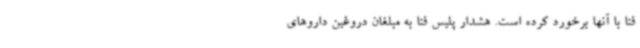
فتا با آنها برخورد کرده است. هشدار پلیس فتا به مبلغان دروغین داروهای